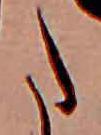
た